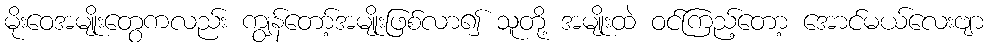
မိုးဝေအမျိုးတွေကလည်း ကျွန်တော့်အမျိုးဖြစ်လာ၍ သူတို့ အမျိုးထဲ ဝင်ကြည့်တော့ အောင်မယ်လေးဗျာ